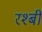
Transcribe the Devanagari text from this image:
रश्बी